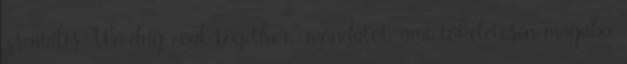
zseniális “We dug coal together.” mondatot, ami tökéletesen magába